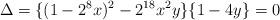
LaTeX: \begin{align*}\Delta=\{ (1-2^{8}x)^{2}-2^{18}x^2y\}\{ 1-4y\}=0\end{align*}